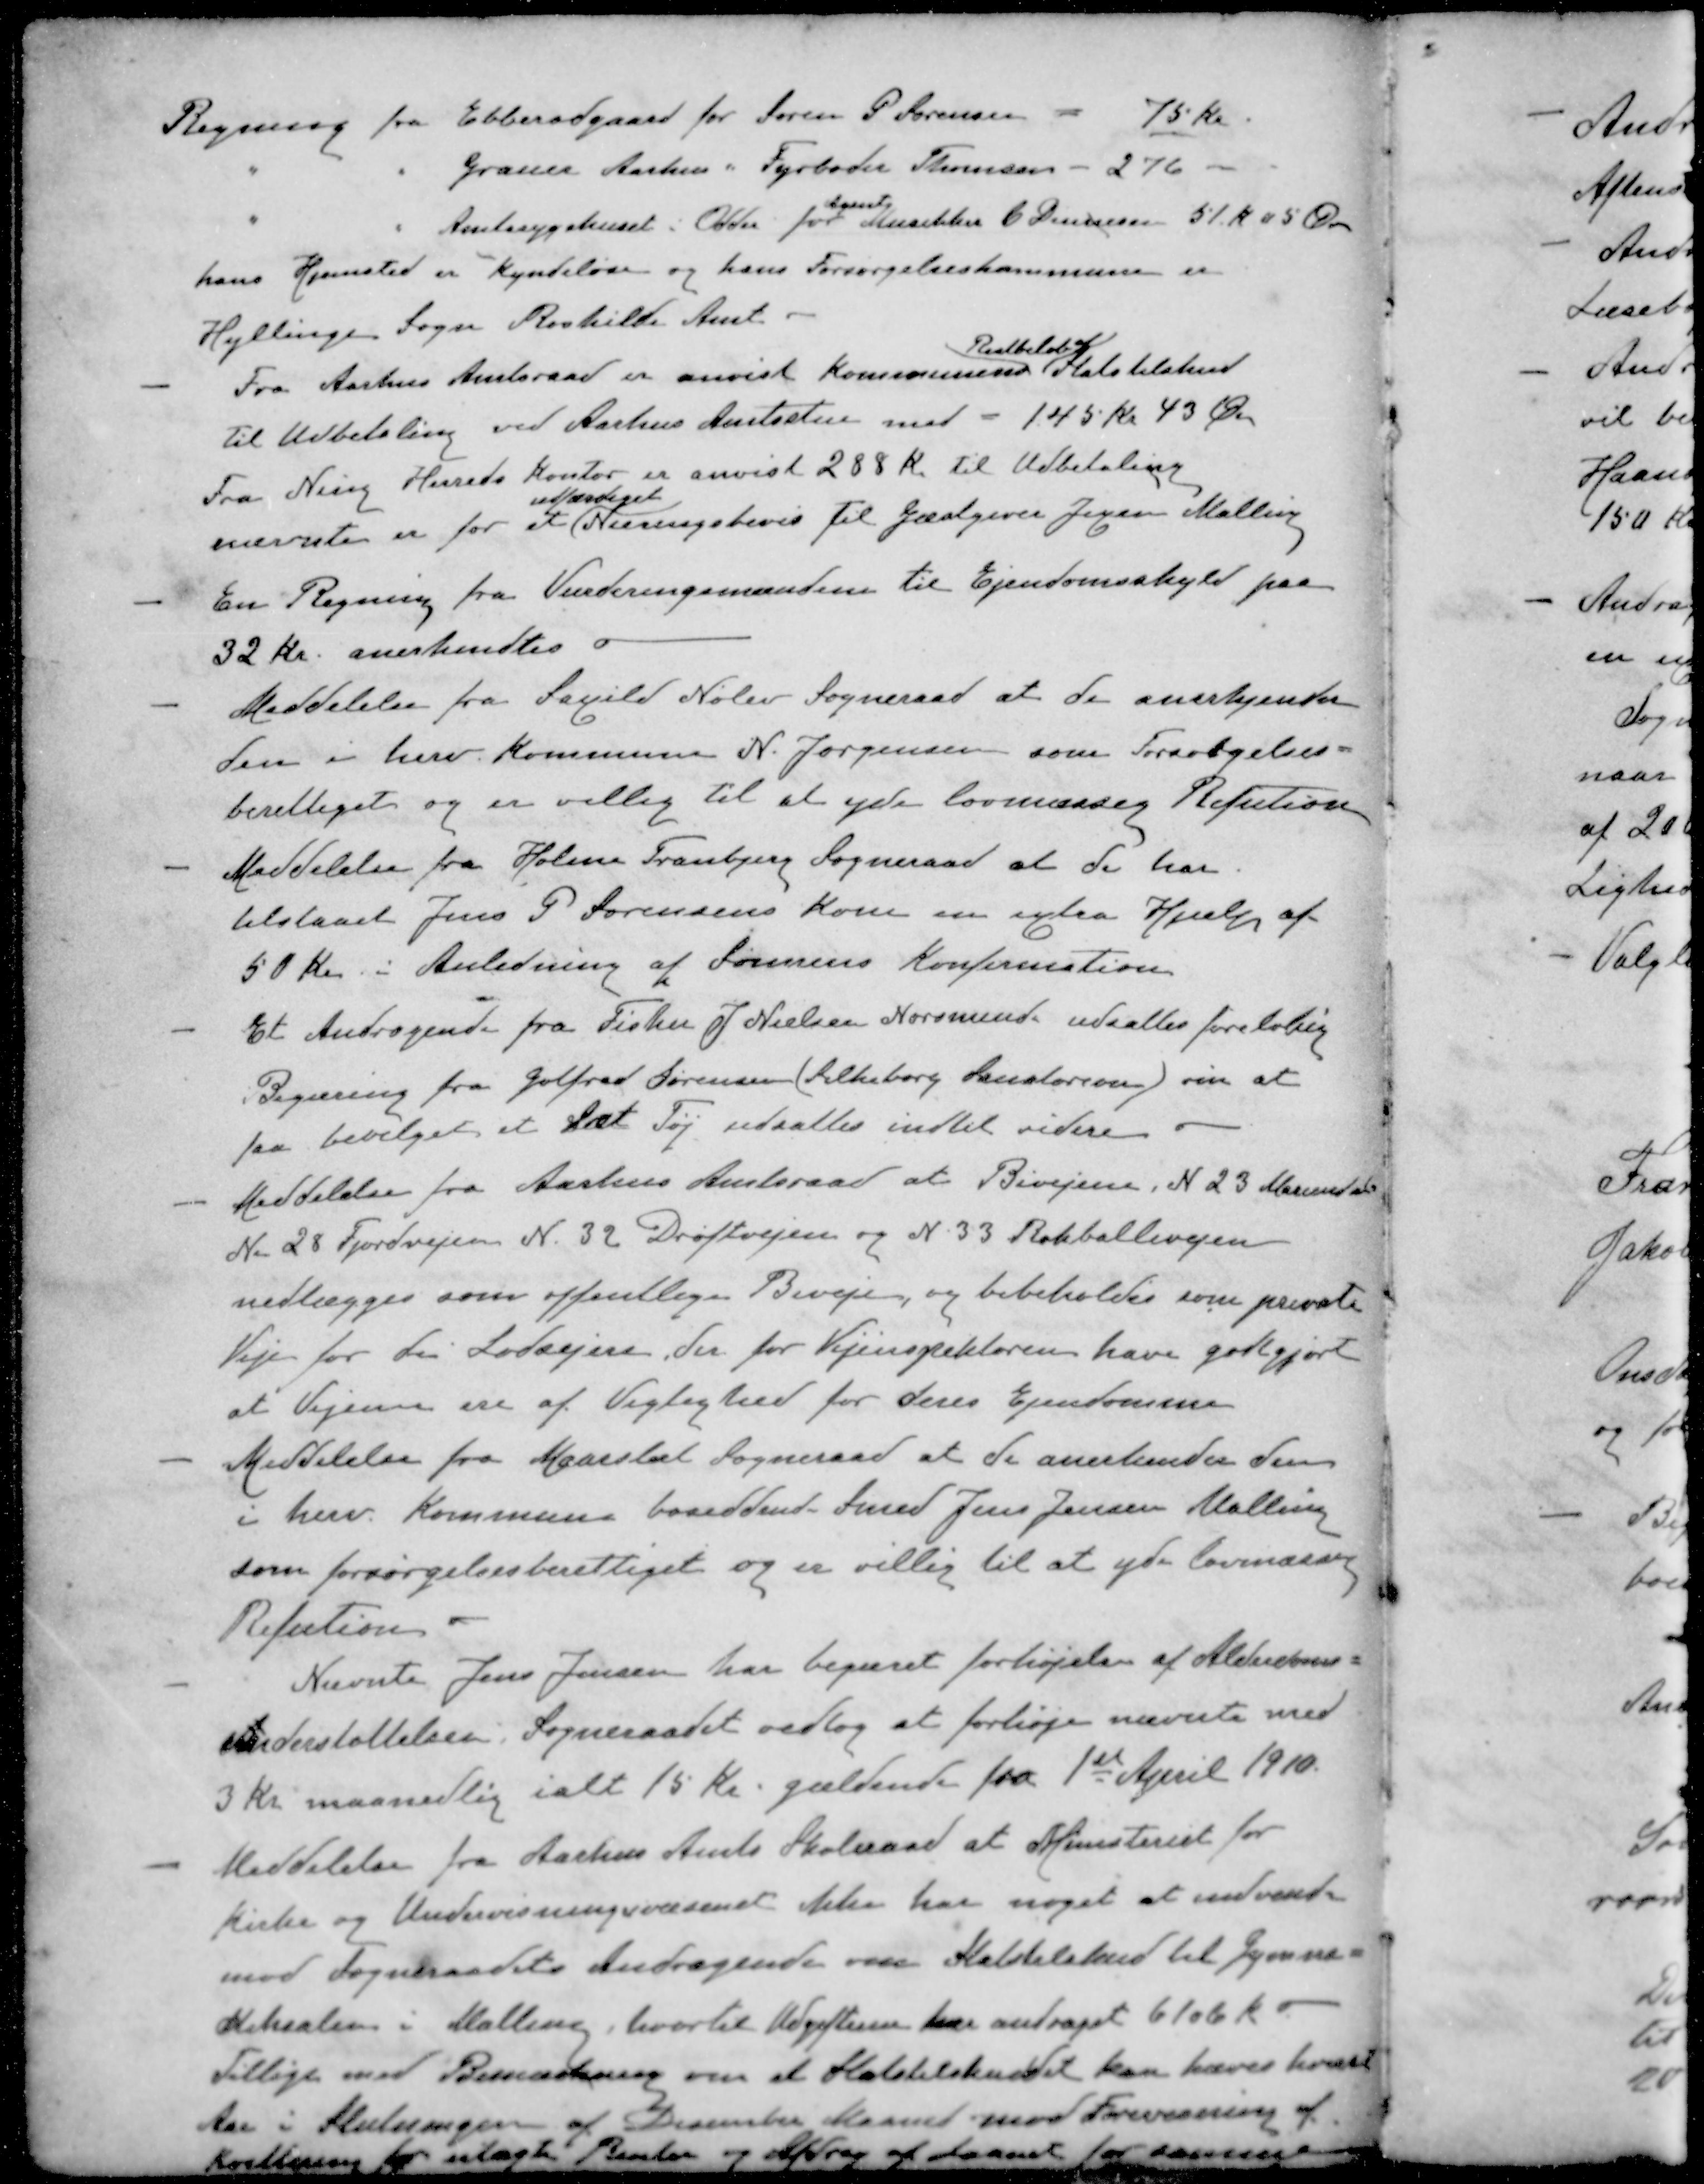
Transskription:
Regning fra Ebberødgaard for Søren P Sørensen - 75 Kr.
" " Grauer Aarhus " Fyrbøder Thomsen - 276 -
Agent
" " Amtssygehuset i Odder for Musikker C Dinnesen 51 K 05 Øre
hans Hjemsted er Kyndeløse og hans Forsørgelseskommune er
Hyllinge Sogn Roskilde Amt
Restbeløb af
- Fra Aarhus Amtsraad er anvist Kommunens Statstilskud
til Udbetaling ved Aarhus Amtsstue med - 145 Kr 43 Øre
Fra Ning Herreds Kontor er anvist 288 Kr til Udbetaling
udfærdiget
nævnte er for et Næringsbevis til Gæstgiver Jegsen Malling
- En Regning fra Vurderingsmandene til Ejendomsskyld paa
32 kr. anerkendtes o
- Meddelelse fra Saxild Nølev Sogneraad at de anerkjender
den i herv. Kommune K. Jørgensen som Forsørgelses-
berettiget og er villig til at yde lovmæssig Refution
- Meddelelse fra Holme Tranbjerg Sogneraad at de har
tilstaaet Jens P Sørensens Kone en extra Hjælp af
50 Kr. i Anledning af Sønnens Konfirmation
- Et Andragende fra Fisker J. Nielsen Norsminde udsattes foreløbig
Begæring fra Golfred Sørensen (Silkeborg Sanatorium) om at 
faa bevilget et Sæt Tøj udsattes indtil videre
- Meddelelse fra Aarhus Amtsraad at Bivejene d 23 Mariendal
Nr. 28 Fjordvejen N. 32 Drøftvejen og N. 33 Rokballevejen
nedlægges som offentlige Biveje, og bibeholdes som private
Veje for de Lodsejere, der for Vejinspektøren have godtgjort
at Vejene ere af Vigtighed for deres Ejendomme
- Meddelelse fra Maarslet Sogneraad at de anerkender den
i herv. Kommune bosiddende Smed Jens Jensen Malling
som forsørgelsesberettiget og er villig til at yde lovmæssig
Refution
- Nævnte Jens Jensen har begæret forhøjelse af Alderdoms-
Understøttelsen. Sogneraadet vedtog at forhøje nævnte med
3 kr maanedlig ialt 15 Kr. gældende fra 1st April 1910.
- Meddelelse fra Aarhus Amts Skoleraad at Ministeriet for
kirke og Undervisningsvæsenet ikke har noget at indvendte
mod Sogneraadets Andragende om Statstilskud til Gymna-
stiksalen i Malling, hvortil Udgifterne har andraget 6106 K
Tillige med Bemærkning om at Statstilskuddet kan hæves hvert
Aar i Slutningen af December Maaned mod Forevisning af
Kvittering for ulagte Renter og Afdrag af Laanet for